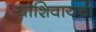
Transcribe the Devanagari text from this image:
याशिवायची